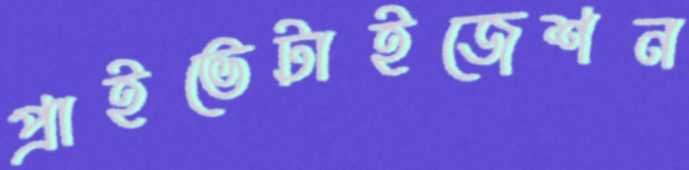
প্রাইভেটাইজেশন